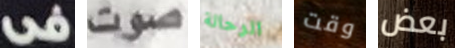
فى صوت الرحالة وقت بعض